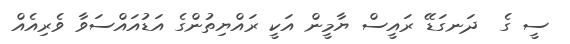
ސީ ގެ  ދަނގަޑޭ ރައީސް ޔާމީން އަކީ ރައްޔިތުންގެ އަޑުއައްސަވާ ވެރިއެއް